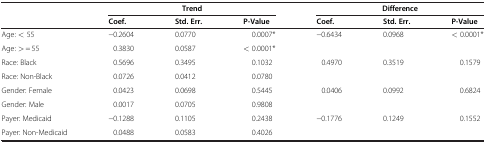
| <ROWSPAN=2>  | <COLSPAN=3> Trend | <COLSPAN=3> Difference |
 | Coef. | Std. Err. | P-Value | Coef. | Std. Err. | P-Value |
 | --- | --- | --- | --- | --- | --- | --- |
 | Age: < 55 | −0.2604 | 0.0770 | 0.0007* | <ROWSPAN=2> −0.6434 | <ROWSPAN=2> 0.0968 | <ROWSPAN=2> < 0.0001* |
 | Age: > = 55 | 0.3830 | 0.0587 | < 0.0001* |
 | Race: Black | 0.5696 | 0.3495 | 0.1032 | <ROWSPAN=2> 0.4970 | <ROWSPAN=2> 0.3519 | <ROWSPAN=2> 0.1579 |
 | Race: Non-Black | 0.0726 | 0.0412 | 0.0780 |
 | Gender: Female | 0.0423 | 0.0698 | 0.5445 | <ROWSPAN=2> 0.0406 | <ROWSPAN=2> 0.0992 | <ROWSPAN=2> 0.6824 |
 | Gender: Male | 0.0017 | 0.0705 | 0.9808 |
 | Payer: Medicaid | −0.1288 | 0.1105 | 0.2438 | <ROWSPAN=2> −0.1776 | <ROWSPAN=2> 0.1249 | <ROWSPAN=2> 0.1552 |
 | Payer: Non-Medicaid | 0.0488 | 0.0583 | 0.4026 |